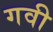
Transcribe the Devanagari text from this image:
गवी